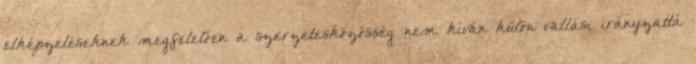
elképzeléseknek megfelelően a szerzetesközösség nem kíván külön vallási irányzattá